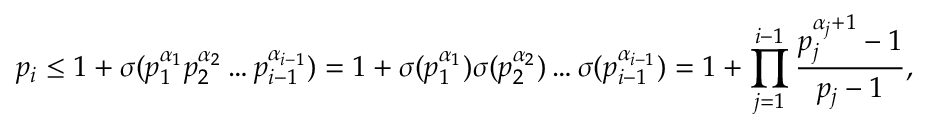
p _ { i } \leq 1 + \sigma ( p _ { 1 } ^ { \alpha _ { 1 } } p _ { 2 } ^ { \alpha _ { 2 } } \dots p _ { i - 1 } ^ { \alpha _ { i - 1 } } ) = 1 + \sigma ( p _ { 1 } ^ { \alpha _ { 1 } } ) \sigma ( p _ { 2 } ^ { \alpha _ { 2 } } ) \dots \sigma ( p _ { i - 1 } ^ { \alpha _ { i - 1 } } ) = 1 + \prod _ { j = 1 } ^ { i - 1 } { \frac { p _ { j } ^ { \alpha _ { j } + 1 } - 1 } { p _ { j } - 1 } } ,